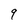
Character: 9